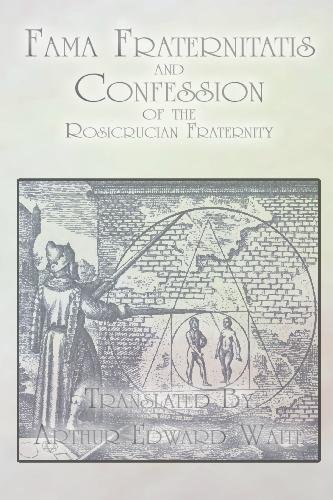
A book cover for Fama Fraternitatis and Confession of the Rosicrucian Fraternity; Anonymous; Religion & Spirituality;